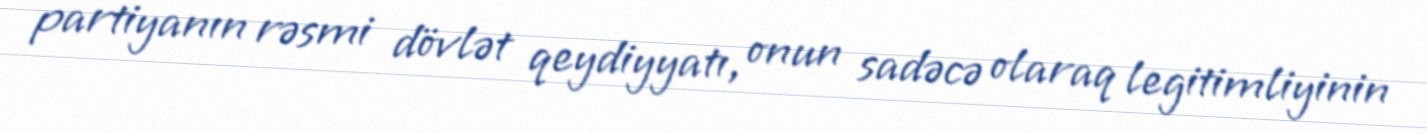
partiyanın rəsmi dövlət qeydiyyatı, onun sadəcə olaraq legitimliyinin